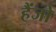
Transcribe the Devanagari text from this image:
हैंजो